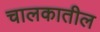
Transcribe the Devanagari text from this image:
चालकातील